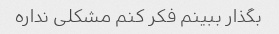
بگذار ببینم فکر کنم مشکلی نداره